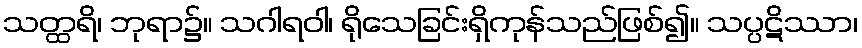
သတ္ထရိ၊ ဘုရာ၌။ သဂါရဝါ၊ ရိုသေခြင်းရှိကုန်သည်ဖြစ်၍။ သပ္ပဋိဿာ၊